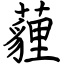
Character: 薶